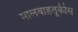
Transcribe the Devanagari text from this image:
मालवाहतूकीस